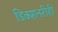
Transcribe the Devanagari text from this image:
डिक्शनरीही